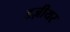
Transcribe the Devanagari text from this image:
इज़ीयर